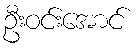
ဦးဝင်းအောင်